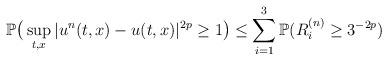
LaTeX: \begin{align*}\mathbb P\big(\sup_{t,x}|u^n(t,x)-u(t,x)|^{2p}\ge1\big)\le\sum_{i=1}^3\mathbb P(R_i^{(n)}\ge3^{-2p})\end{align*}